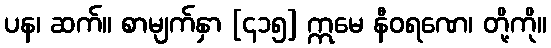
ပန၊ ဆက်။ စာမျက်နှာ [၄၁၅] ဣမေ နီဝရဏေ၊ တို့ကို။